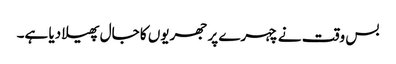
بس وقت نے چہرے پر جھریوں کا جال پھیلا دیا ہے۔